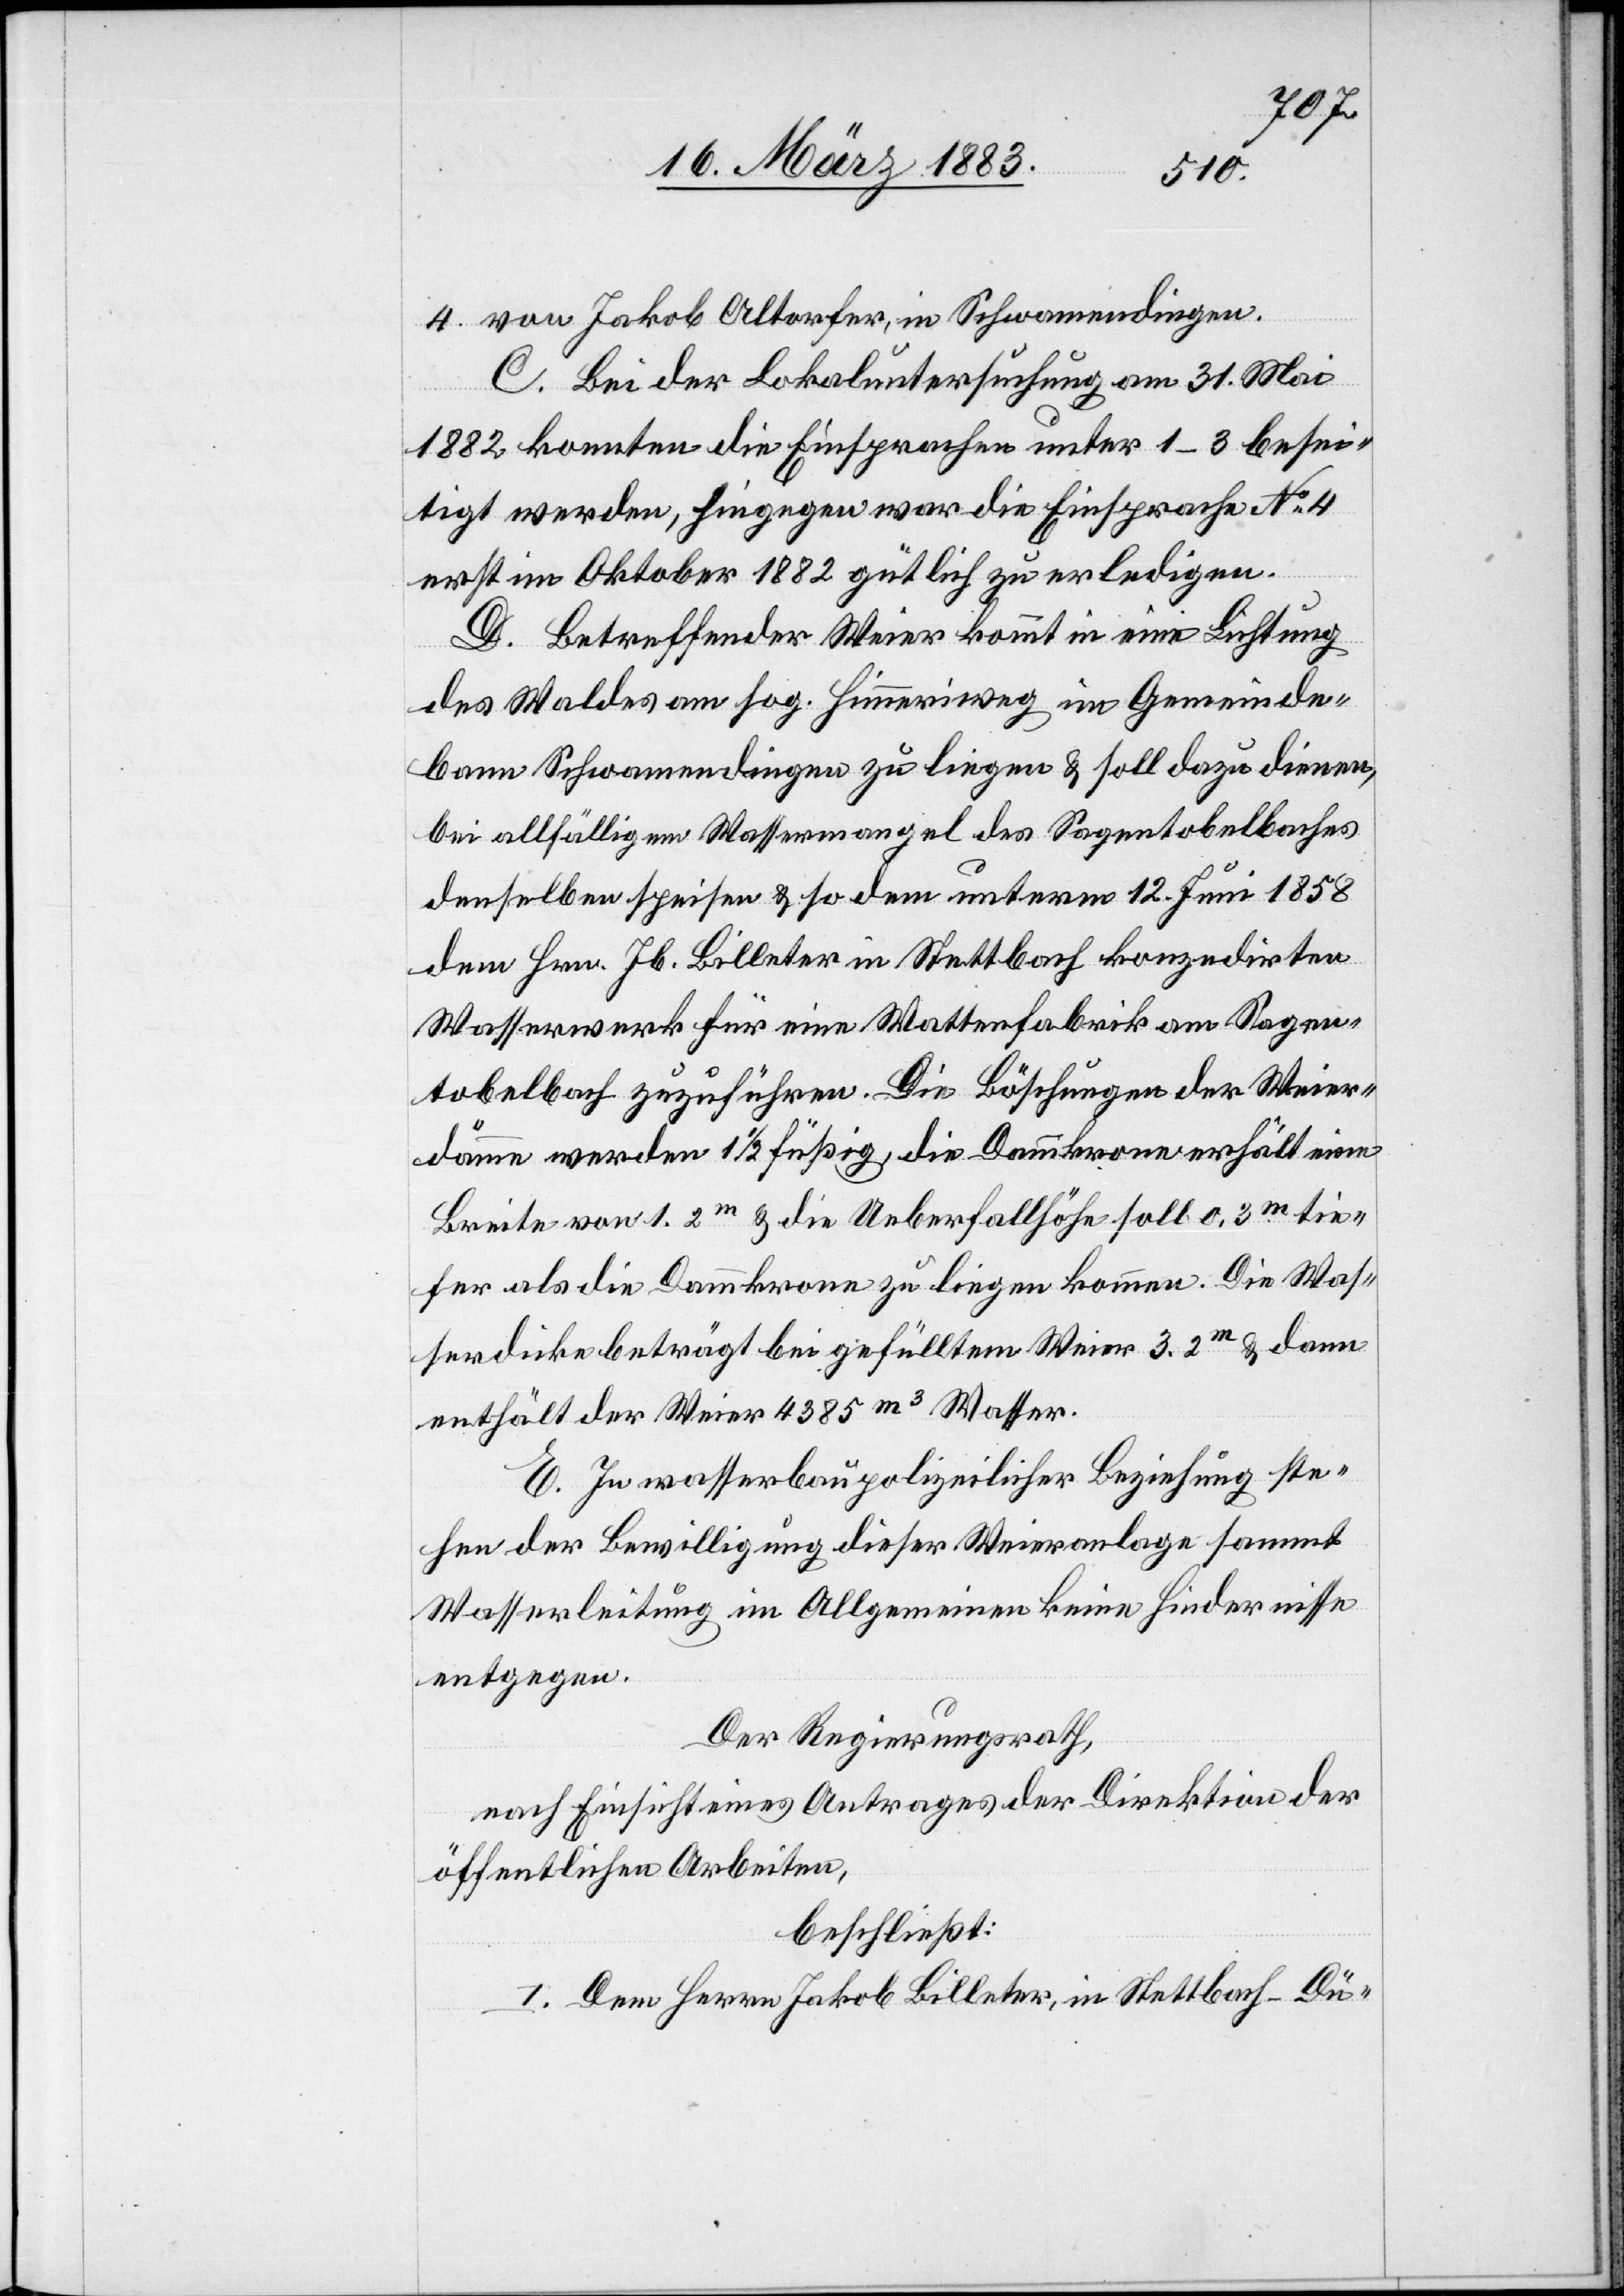
Inventars
Der Regierungsrath
nach Einsicht eines Antrages der Justiz- &